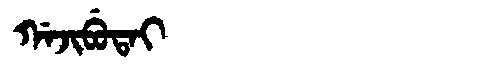
Manchu: ᡤᠠᠵᡳᠪᡠᡨᠠᡳ
Romanization: GAJIBUTAI